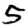
Digit: 5